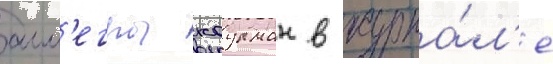
алл'егры коулман в журна́л'е